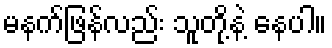
မနက်ဖြန်လည်း သူတို့နဲ့ နေပါ။